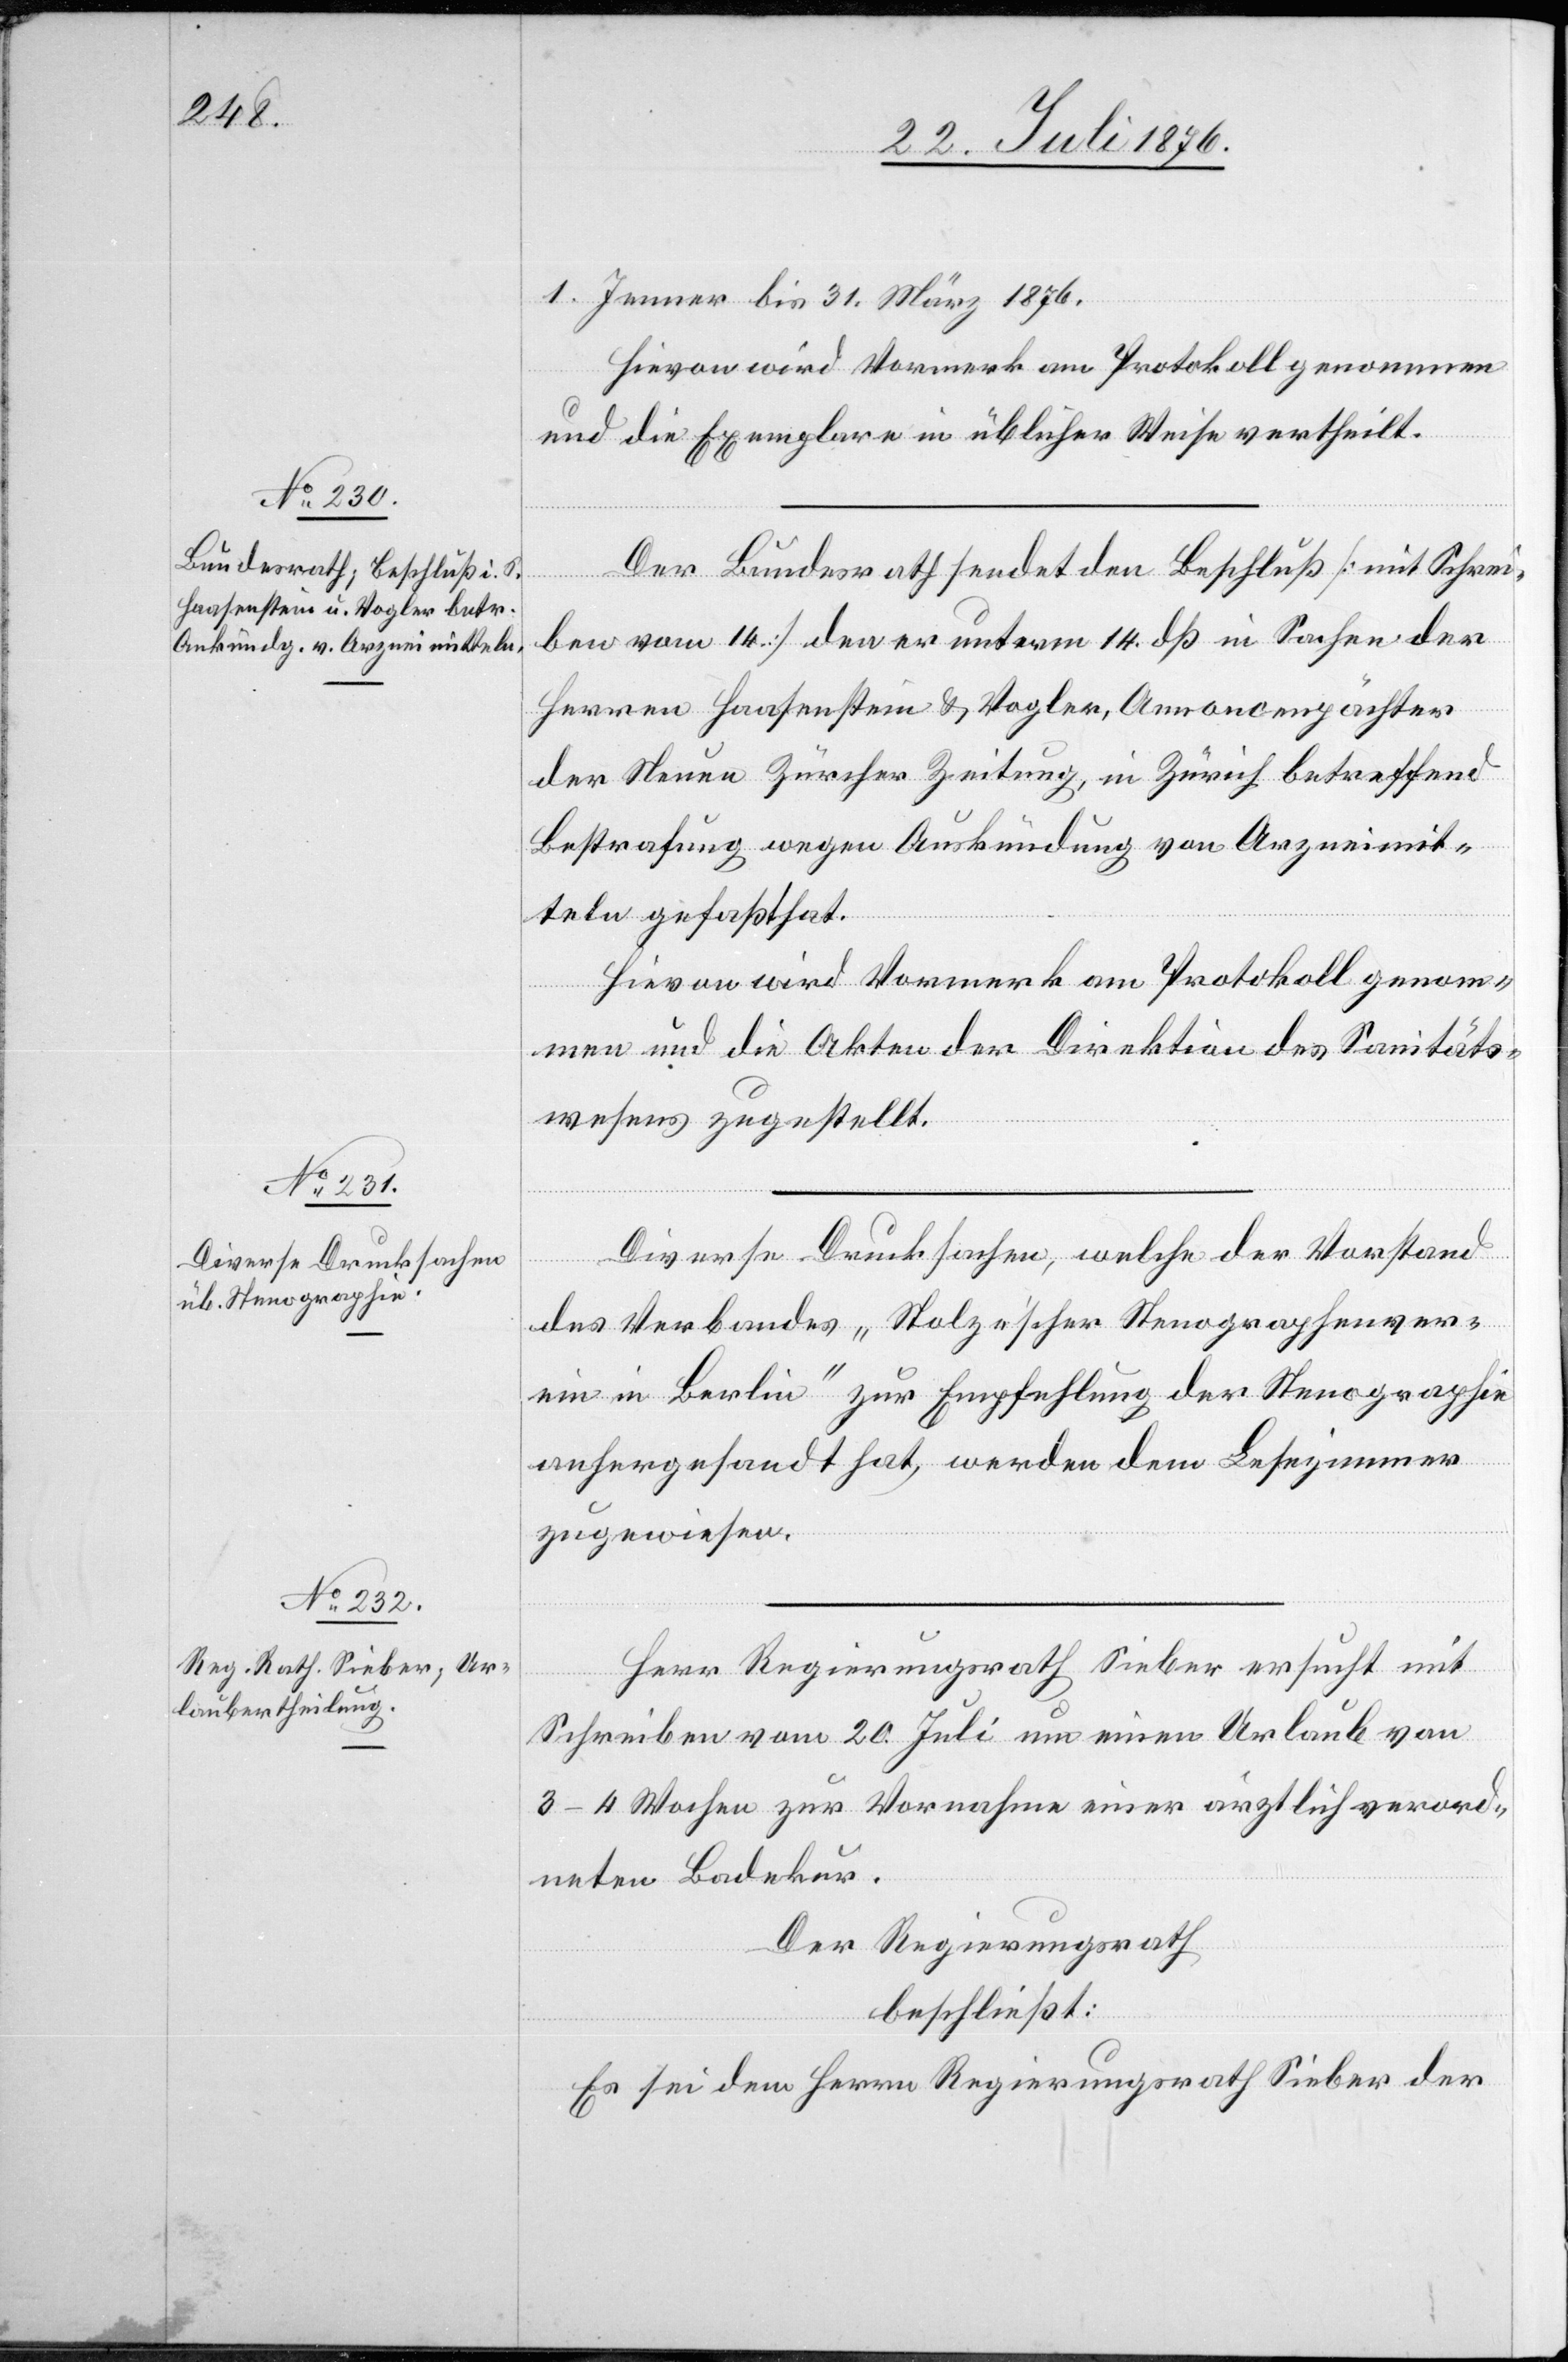
1. Jenner bis 31. März 1876.
Hievon wird Vormerk am Protokoll genommen
und die Exemplare in üblicher Weise vertheilt.
Der Bundesrath sendet den Beschluß [mit Schrei¬
ben vom 14.] den er unterm 14. dß in Sachen der
Herren Haasenstein & Vogler, Annoncenpächter
der Neuen Zürcher Zeitung, in Zürich betreffend
Bestrafung wegen Auskündung von Arzneimit¬
teln gefaßt hat.
Hievon wird Vormerk am Protokoll genom¬
men und die Akten der Direktion des Sanitäts¬
wesens zugestellt.
Diverse Drucksachen, welche der Vorstand
des Verbandes „Holze’scher Stenographenver¬
ein in Berlin“ zur Empfehlung der Stenographie
anhergesandt hat, werden dem Lesezimmer
zugewiesen.
Herr Regierungsrath Sieber ersucht mit
Schreiben vom 20. Juli um einen Urlaub von
3–4 Wochen zur Vornahme einer ärztlich verord¬
neten Badekur.
Der Regierungsrath
beschließt:
Es sei dem Herrn Regierungsrath Sieber der